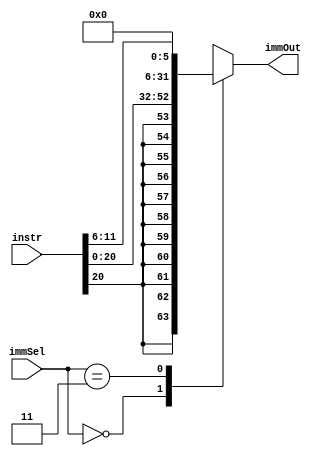
`timescale 1ns / 1ps
//////////////////////////////////////////////////////////////////////////////////
// Company: 
// Engineer: 
// 
// Design Name: 
// Module Name: immGen
// Project Name: 
// Target Devices: 
// Tool Versions: 
// Description: 
// 
// Dependencies: 
// 
// Revision:
// Revision 0.01 - File Created
// Additional Comments:
// 
//////////////////////////////////////////////////////////////////////////////////


    module immGen(
        input [31:0] instr,
        input [1:0] immSel, 
        output reg [31:0] immOut
        );
        
    parameter [2:0] I_type = 2'b00, S_type = 2'b01, B_type = 2'b10, R_type = 2'b11;
    // The S_type and B_type are not being used, have just added it for future extension.
    // Moreover, R-type now has new immediate values in the shift left and shift right instructions
    
    always @(*)
        begin
            case(immSel) 
                I_type: 
                    immOut <= {{11{instr[20]}}, instr[20:0]};  
                R_type: 
                    immOut <= {27'b0, instr[11:6]};
                default:
                    immOut <= 32'bx;
            endcase
        end 
    endmodule